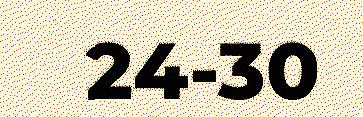
24-30